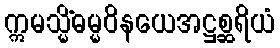
ဣမသ္မိံဓမ္မဝိနယေအဋ္ဌစ္ဆရိယံ